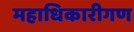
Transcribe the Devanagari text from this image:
महाधिकारीगण